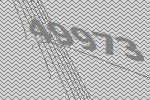
49973